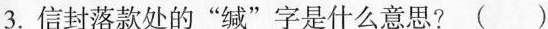
3.信封落款处的“缄”字是什么意思?( )